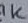
Text: 1K